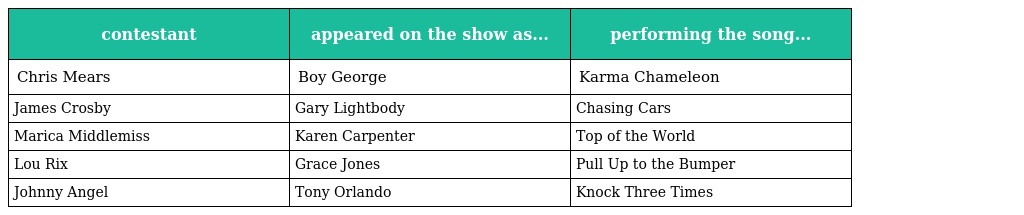
| contestant | appeared on the show as... | performing the song... |
 | --- | --- | --- |
 | Chris Mears | Boy George | Karma Chameleon |
 | James Crosby | Gary Lightbody | Chasing Cars |
 | Marica Middlemiss | Karen Carpenter | Top of the World |
 | Lou Rix | Grace Jones | Pull Up to the Bumper |
 | Johnny Angel | Tony Orlando | Knock Three Times |